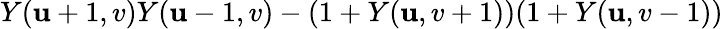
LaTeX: Y(\mathbf{u}+1,v)Y(\mathbf{u}-1,v)-(1+Y(\mathbf{u},v+1))(1+Y(\mathbf{u},v-1))